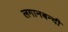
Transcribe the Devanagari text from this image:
लगानबन्दी